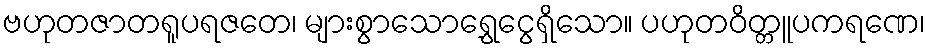
ဗဟုတဇာတရူပရဇတေ၊ များစွာသောရွှေငွေရှိသော။ ပဟုတဝိတ္တူပကရဏေ၊